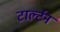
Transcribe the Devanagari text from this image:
टार्ल्टन